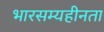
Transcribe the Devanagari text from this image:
भारसम्यहीनता